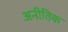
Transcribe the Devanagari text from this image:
अनीतिक